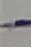
Text: -